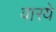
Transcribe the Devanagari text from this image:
वारये